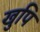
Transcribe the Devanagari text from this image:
खुपि